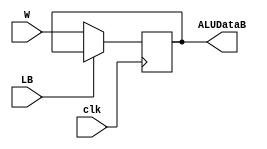
module REGISTERB(clk, LB, W, ALUDataB);
	input clk, LB;
	input [7:0] W;
	output reg [7:0] ALUDataB;

	always @(negedge clk)
		if (LB == 0)
			ALUDataB <= W;
endmodule